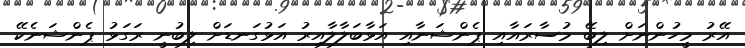
އޭރު މީހުންނަށް ލިބޭ މުސާރައާއި ޕެންޝަނާއި އަޅާބަލާލާއިރު އަޅުގަނޑަށް ލިބުނީ ރަގަޅު ޕެންޝަނެކޭ